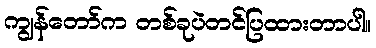
ကျွန်တော်က တစ်ခုပဲတင်ပြထားတာပါ။